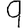
Digit: 9